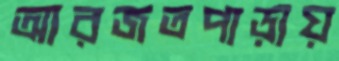
আরজতপাড়ায়